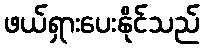
ဖယ်ရှားပေးနိုင်သည်